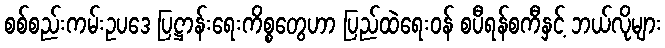
စစ်စည်းကမ်းဥပဒေ ပြဋ္ဌာန်းရေးကိစ္စတွေဟာ ပြည်ထဲရေးဝန် စပီရန်စကီနှင့် ဘယ်လိုများ